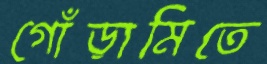
গোঁড়ামিতে